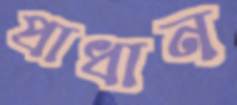
প্রাধান